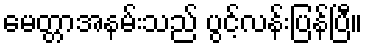
မေတ္တာအနမ်းသည် ပွင့်လန်းပြန်ပြီ။